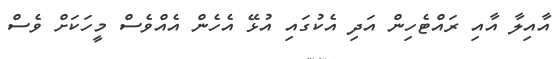
އާއިލާ އާއި ރައްޓެހިން އަދި އެކުގައި އުޅޭ އެހެން އެއްވެސް މީހަކަށް ވެސް